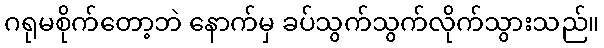
ဂရုမစိုက်တော့ဘဲ နောက်မှ ခပ်သွက်သွက်လိုက်သွားသည်။